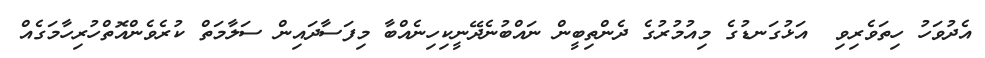
އެދުވަހު ހިތަވެރިވި  އަޅުގަނޑުގެ މިއުމުރުގެ ދެންތިބީން ނައްބުނެދޭނީކިހިނެއްބާ މިފަސާދައިން ސަލާމަތް ކުރެވެންއޮތްހުރިހާމަގެއް